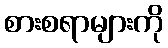
စားစရာများကို